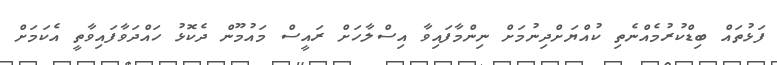
ފަޅުތައް ބިޑްކުރުމެއްނެތި ކުއްޔަށްދިނުމަށް ނިންމާފައިވާ އިސްލާހަށް ރައީސް މައުމޫން ދެކޮޅު ހައްދަވާފައިވާތީ އެކަމަށް